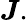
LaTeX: {\boldsymbol{J}}.